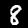
Label: 8